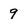
Character: 9